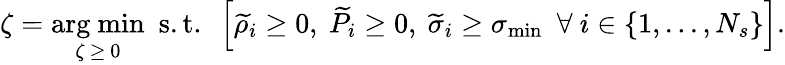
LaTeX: \zeta=\underset{\zeta\ \geq\ 0}{\mathrm{arg\ min}}\ \ \mathrm{s.t.}\ \ \left[\widetilde{\rho}_{i}\geq 0,\ \widetilde{P}_{i}\geq 0,\ \widetilde{\sigma}_{i}\geq\sigma_{\operatorname*{min}}\ \ \forall\ i\in\{ 1,...,N_{s}\} \right].